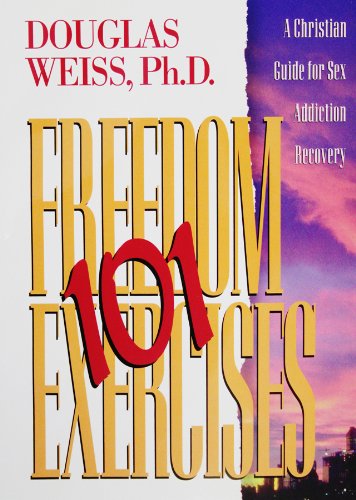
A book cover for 101 Freedom Exercises: A Christian Guide for Sex Addiction Recovery; Douglas Weiss; Health, Fitness & Dieting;